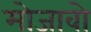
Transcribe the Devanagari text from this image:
मोजावो